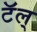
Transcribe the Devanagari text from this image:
टॅल्